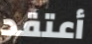
أعتقد